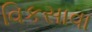
વિકસાવા